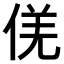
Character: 𠊡